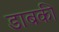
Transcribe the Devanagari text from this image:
डाबकी